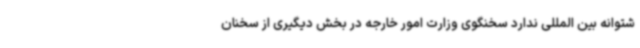
شتوانه بین المللی ندارد سخنگوی وزارت امور خارجه در بخش دیگیری از سخنان